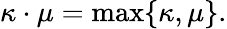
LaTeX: \kappa\cdot\mu=\operatorname*{max}\{ \kappa,\mu\} .